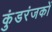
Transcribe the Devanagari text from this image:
कुंडरंजकों